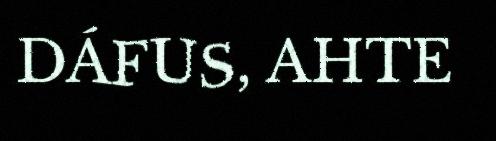
DÁFUS, AHTE